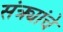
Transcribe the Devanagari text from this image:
संत्र्यांचे